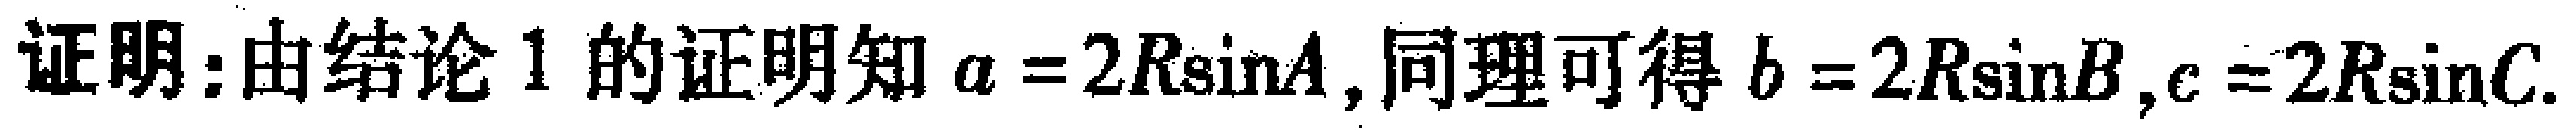
证明：由结论 1 的证明知 \(a = 2R\sin A\), 同理可得 \(b = 2R\sin B\), \(c = 2R\sin C\).